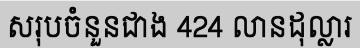
សរុបចំនួនជាង 424 លានដុល្លារ